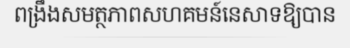
ពង្រឹងសមត្ថភាពសហគមន៍នេសាទឱ្យបាន